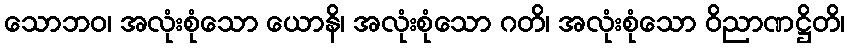
သောဘဝ၊ အလုံးစုံသော ယောနိ၊ အလုံးစုံသော ဂတိ၊ အလုံးစုံသော ဝိညာဏဋ္ဌိတိ၊